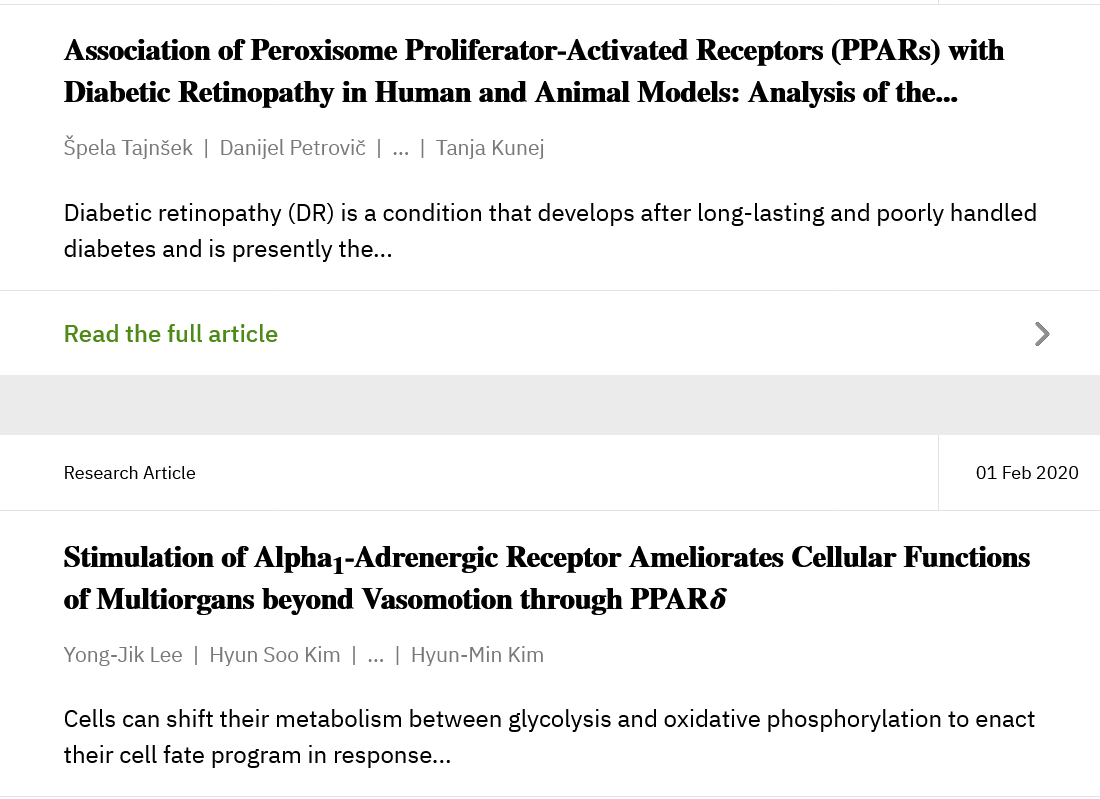
Association of Peroxisome   Proliferator-Activated  Receptors  (PPARs)   with
     Diabetic Retinopathy   in Human   and  Animal  Models:  Analysis  of the...
     Spela TajnSek | Danijel Petrovié |
     ...
     | Tanja Kunej
     Diabetic retinopathy (DR) is a condition that develops after long-lasting and poorly handled
     diabetes and is presently the...
     Read the full article
     Research Article    01 Feb 2020
     Stimulation  of Alpha;-Adrenergic   Receptor  Ameliorates   Cellular Functions
     of Multiorgans  beyond  Vasomotion   through   PPARS
     Yong-Jik Lee | Hyun Soo Kim |
     ...
     | Hyun-Min Kim
     Cells can shift their metabolism between glycolysis and oxidative phosphorylation to enact
     their cell fate program in response...